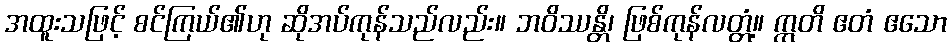
အထူးသဖြင့် စင်ကြယ်၏ဟု ဆိုအပ်ကုန်သည်လည်း။ ဘဝိဿန္တိ၊ ဖြစ်ကုန်လတ္တံ့။ ဣတိ ဧတံ ဧသော